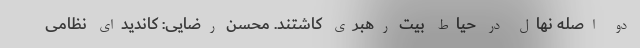
دو اصله نهال در حیاط بیت رهبری کاشتند. محسن رضایی: کاندیدای نظامی